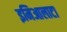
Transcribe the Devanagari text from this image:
इमिआलाटा